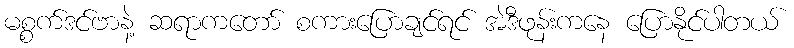
မစ္စက်ဒင်ဗာနဲ့ ဆရာကတော် စကားပြောချင်ရင် အဲဒီဖုန်းကနေ ပြောနိုင်ပါတယ်